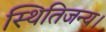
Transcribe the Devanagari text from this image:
स्थितिजन्य।